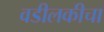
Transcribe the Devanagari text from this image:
वडीलकीचा